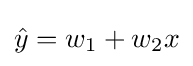
{\hat {y}}=w_{1}+w_{2}x